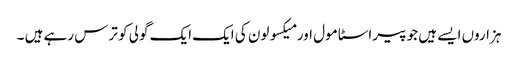
ہزاروں ایسے ہیں جو پیراسٹا مول اور میکسولون کی ایک ایک گولی کو ترس رہے ہیں ۔